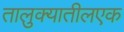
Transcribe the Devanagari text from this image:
तालुक्यातीलएक